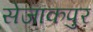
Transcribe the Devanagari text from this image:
सेजाकपुर